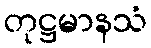
တုဋ္ဌမာနသံ